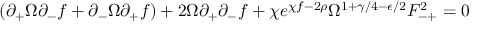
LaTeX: ( \partial _ { + } \Omega \partial _ { - } f + \partial _ { - } \Omega \partial _ { + } f ) + 2 \Omega \partial _ { + } \partial _ { - } f + \chi e ^ { \chi f - 2 \rho } \Omega ^ { 1 + \gamma / 4 - \epsilon / 2 } F _ { - + } ^ { 2 } = 0